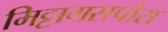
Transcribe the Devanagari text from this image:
मिट्टागसपौस